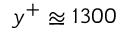
y ^ { + } \approxeq 1 3 0 0